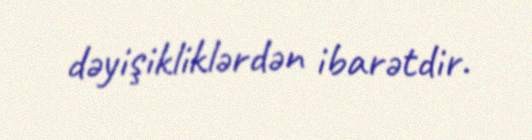
dəyişikliklərdən ibarətdir.